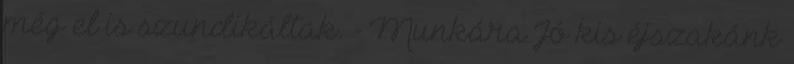
még el is szundikáltak. - Munkára Jó kis éjszakánk